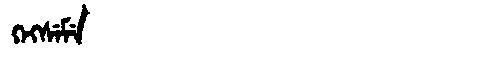
Manchu: ᡴᡝᡴᠰᡝᠮᡝ
Romanization: KEKSEME